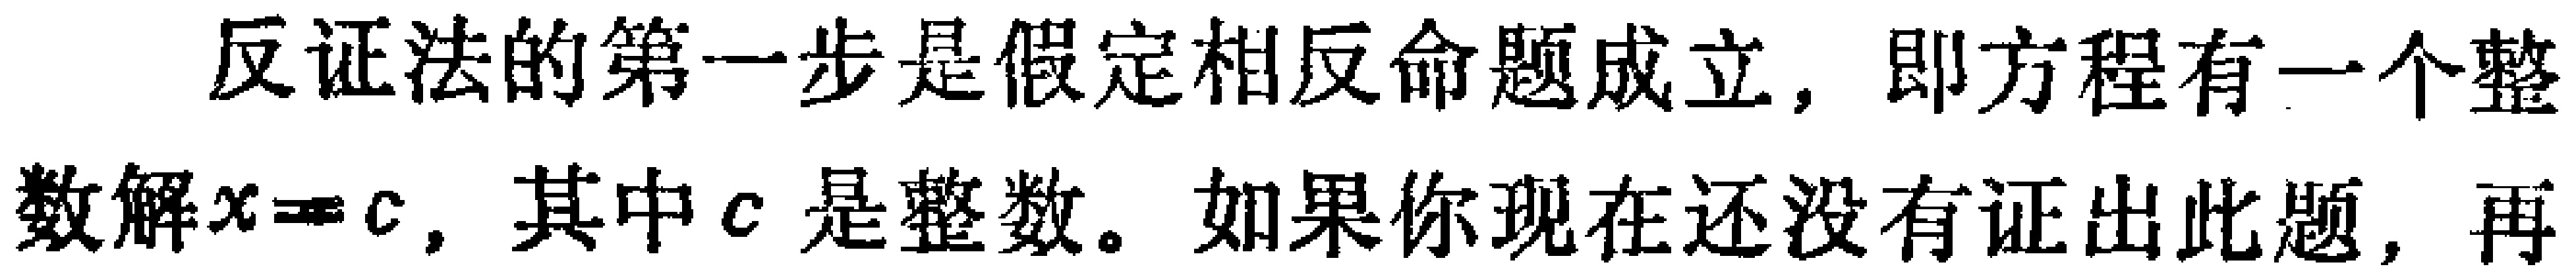
反证法的第一步是假定相反命题成立，即方程有一个整数解\(x = c\)，其中\(c\)是整数。如果你现在还没有证出此题，再